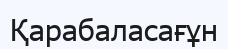
Қарабаласағұн